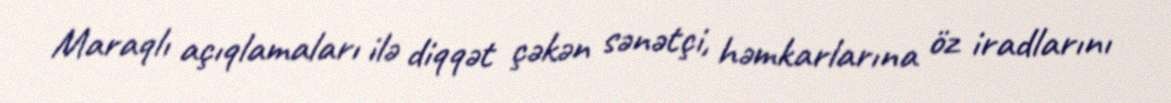
Maraqlı açıqlamaları ilə diqqət çəkən sənətçi, həmkarlarına öz iradlarını